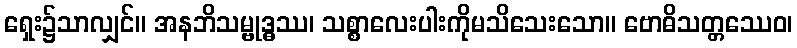
ရှေး၌သာလျှင်။ အနဘိသမ္ဗုဒ္ဓဿ၊ သစ္စာလေးပါးကိုမသိသေးသော။ ဗောဓိသတ္တဿေဝ၊